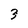
Character: 3